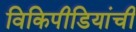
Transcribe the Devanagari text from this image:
विकिपीडियांची